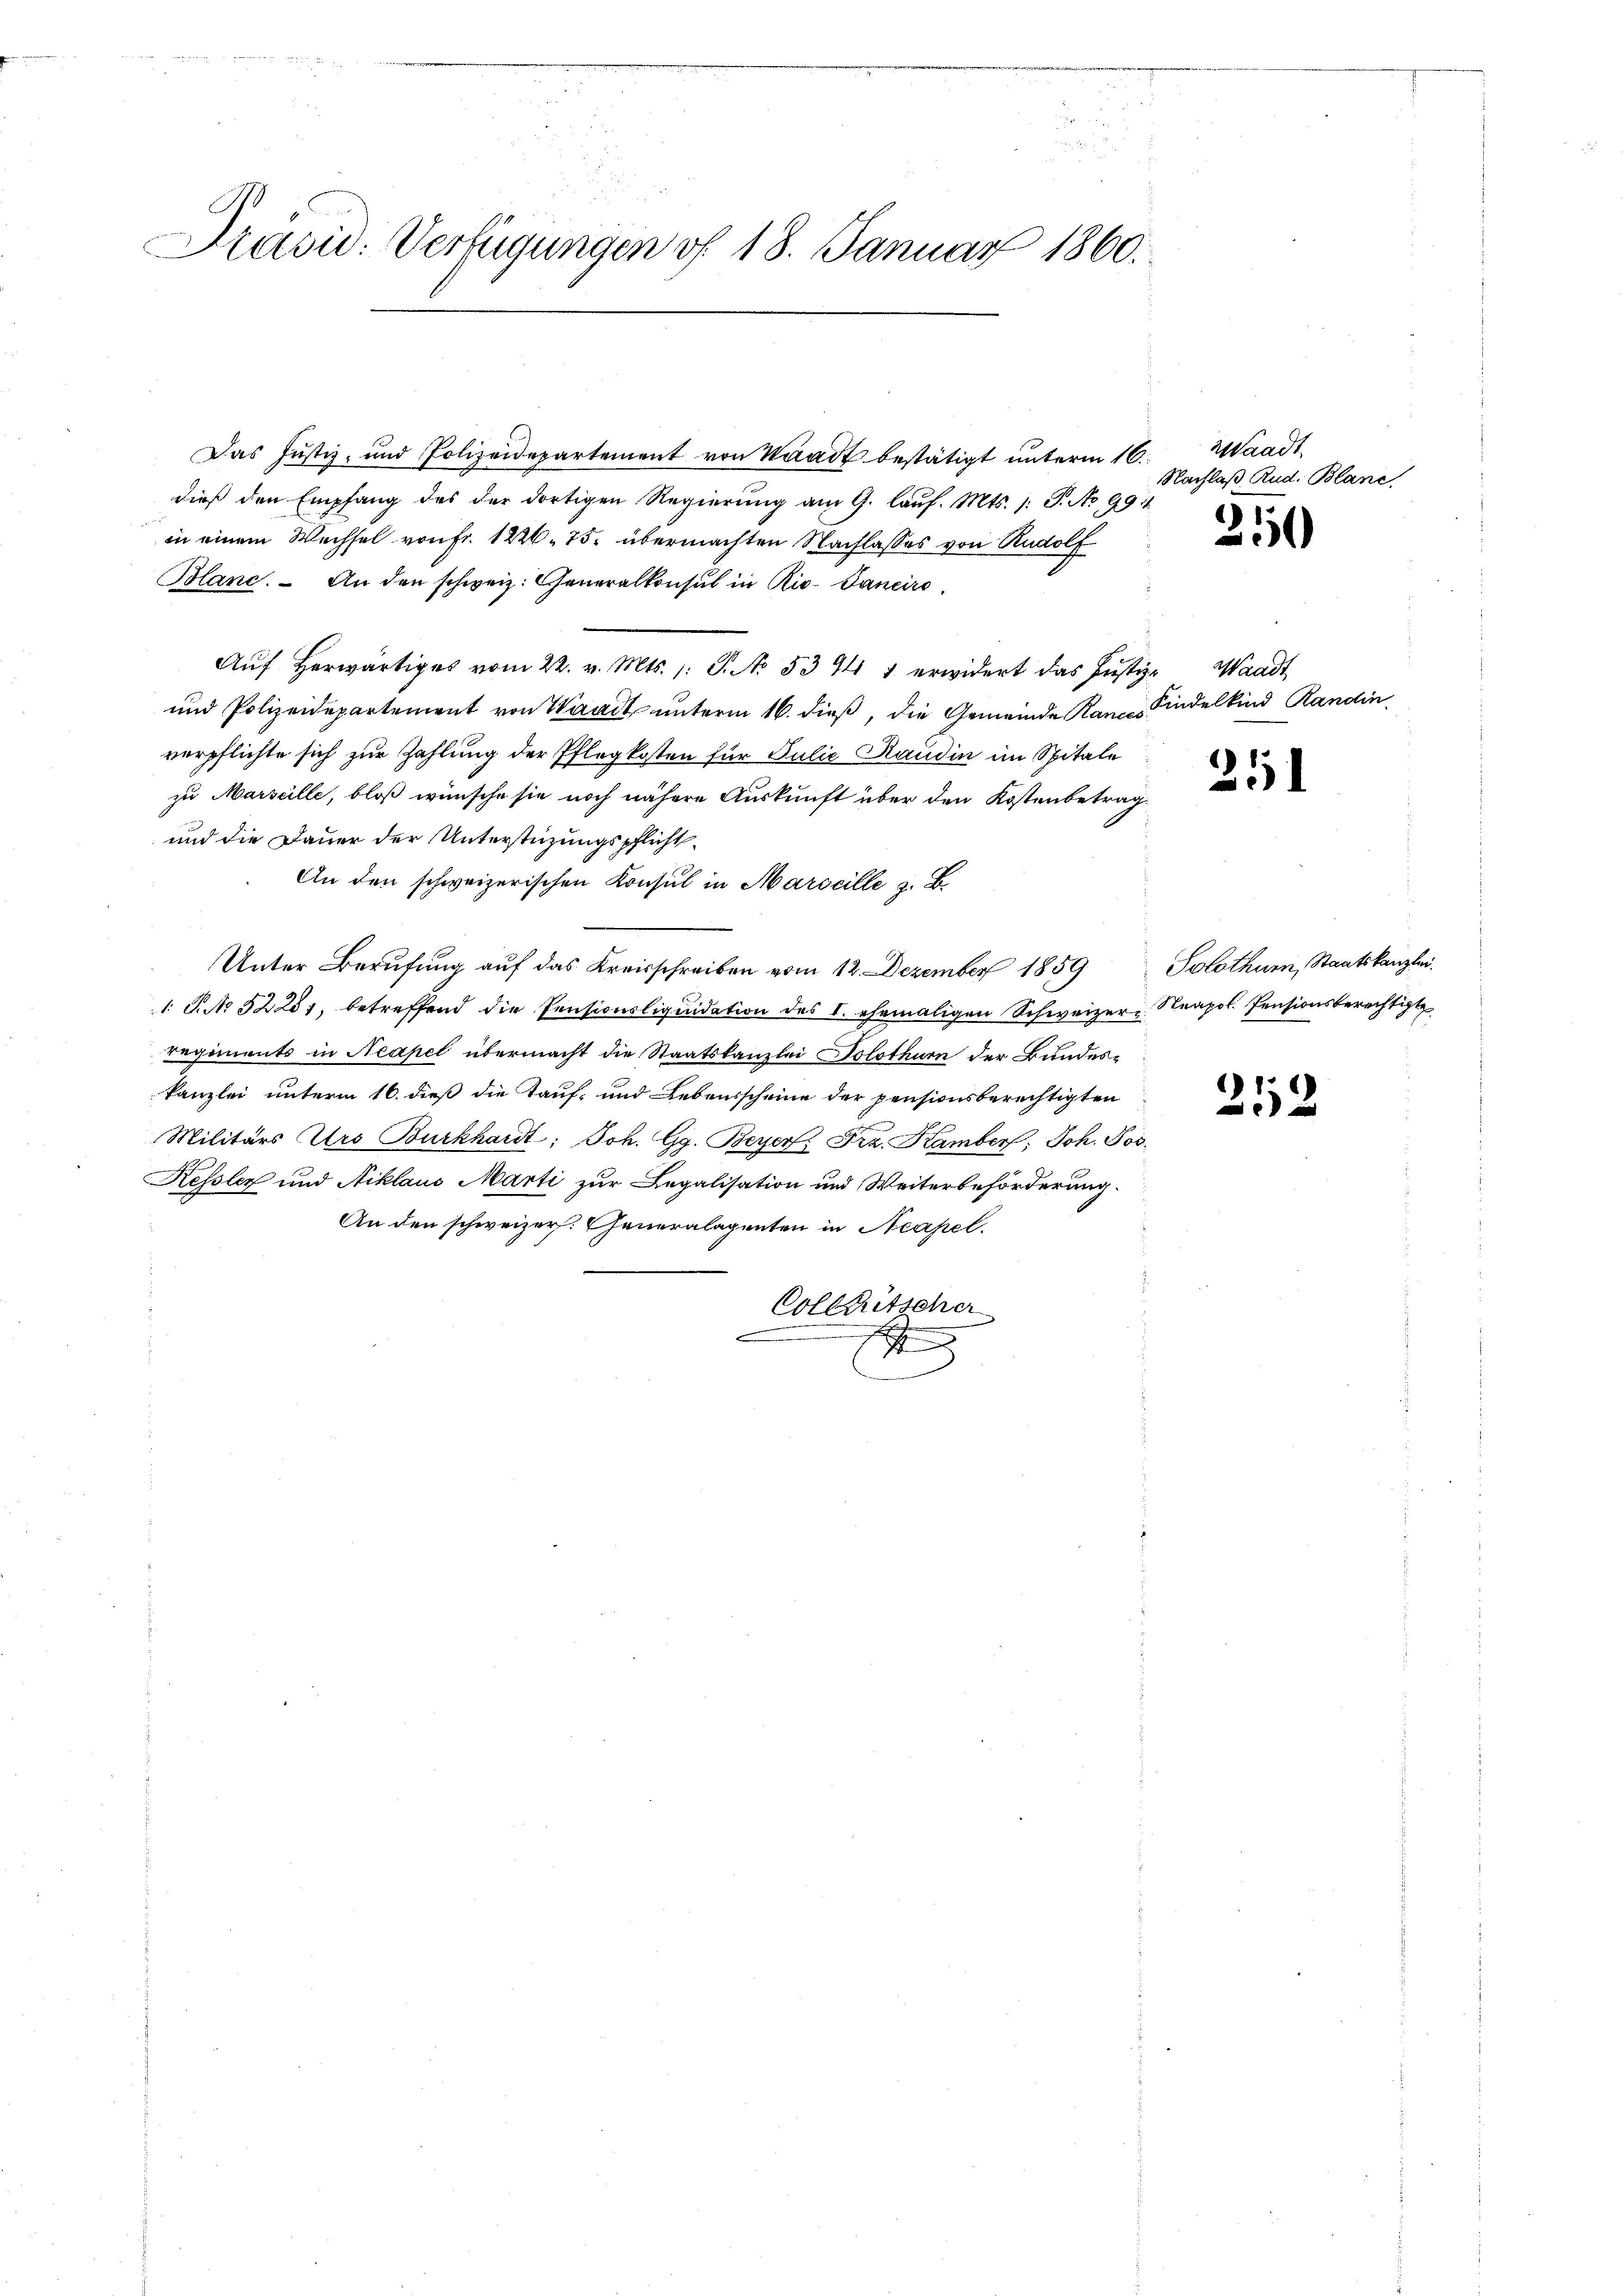
Präsid. Verfügungen v. 18. Januar 1860.

Das Justiz- und Polizeidepartement von Waadt bestätigt ŭnterm 16. Waadt
dieß den Empfang des der dortigen Regierung am 9. lauf. Mts. /: J. No 9914
in einem Wechsel von Fr. 1226. 75. übermachten Nachlasses von Rudolf
Blanc. An den schweiz. Generalkonsul in Riv-Janeiro
Aŭf herwärtiges vom 22. v. Mts. 1. S. No. 534 1 erwidert das Justiz- Waadt
und Polizeidepartement von Waadt unterm 16. dieß, die Gemeinde Randes Kindelkind Randin
verpflichte sich zur Zahlung der Pflegkosten für Julie Kandin im Spitale
zu Marseille, bloß wünsche sie noch nähere Auskunft über den Kostenbetrag
und die Dauer der Unterstüzungspflicht¬
An den schweizerischen Konsul in Marseille z. B.
Unter Berufung auf das Kreisschreiben vom 12. Dezember 1859
1 P. No. 52281, betreffend die Pensionsliquidation des I. ehemaligen Schweizer-Steapol. Pensionsberechtigte
regiments in Neapel übermacht die Staatskanzlei Solothurn der Bundeskanzlei unterm 16. dieß die Tauf- und Lebensscheine der pensionsberechtigten
Militärs Urs Burkhardt, Joh. Gg. Beyer, Fra. Kamber, Joh. Jos.
Kessler und Niklaus Marti zur Legalisation und Weiterbeförderung.
An den schweizer. Generalagenten in Neapel.
Collaritscher
e
E

Nachlaß Rud. Blanc

21

251

252

Solothur, Staatskanzlei.